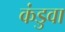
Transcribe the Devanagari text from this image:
कंडुवा